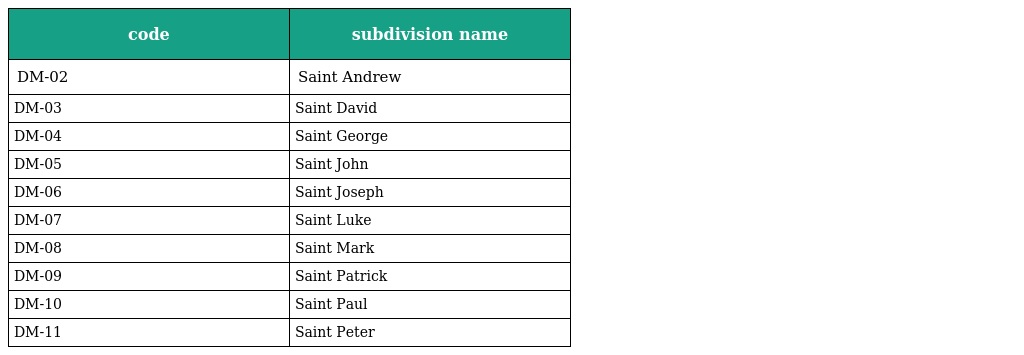
| code | subdivision name |
 | --- | --- |
 | DM-02 | Saint Andrew |
 | DM-03 | Saint David |
 | DM-04 | Saint George |
 | DM-05 | Saint John |
 | DM-06 | Saint Joseph |
 | DM-07 | Saint Luke |
 | DM-08 | Saint Mark |
 | DM-09 | Saint Patrick |
 | DM-10 | Saint Paul |
 | DM-11 | Saint Peter |